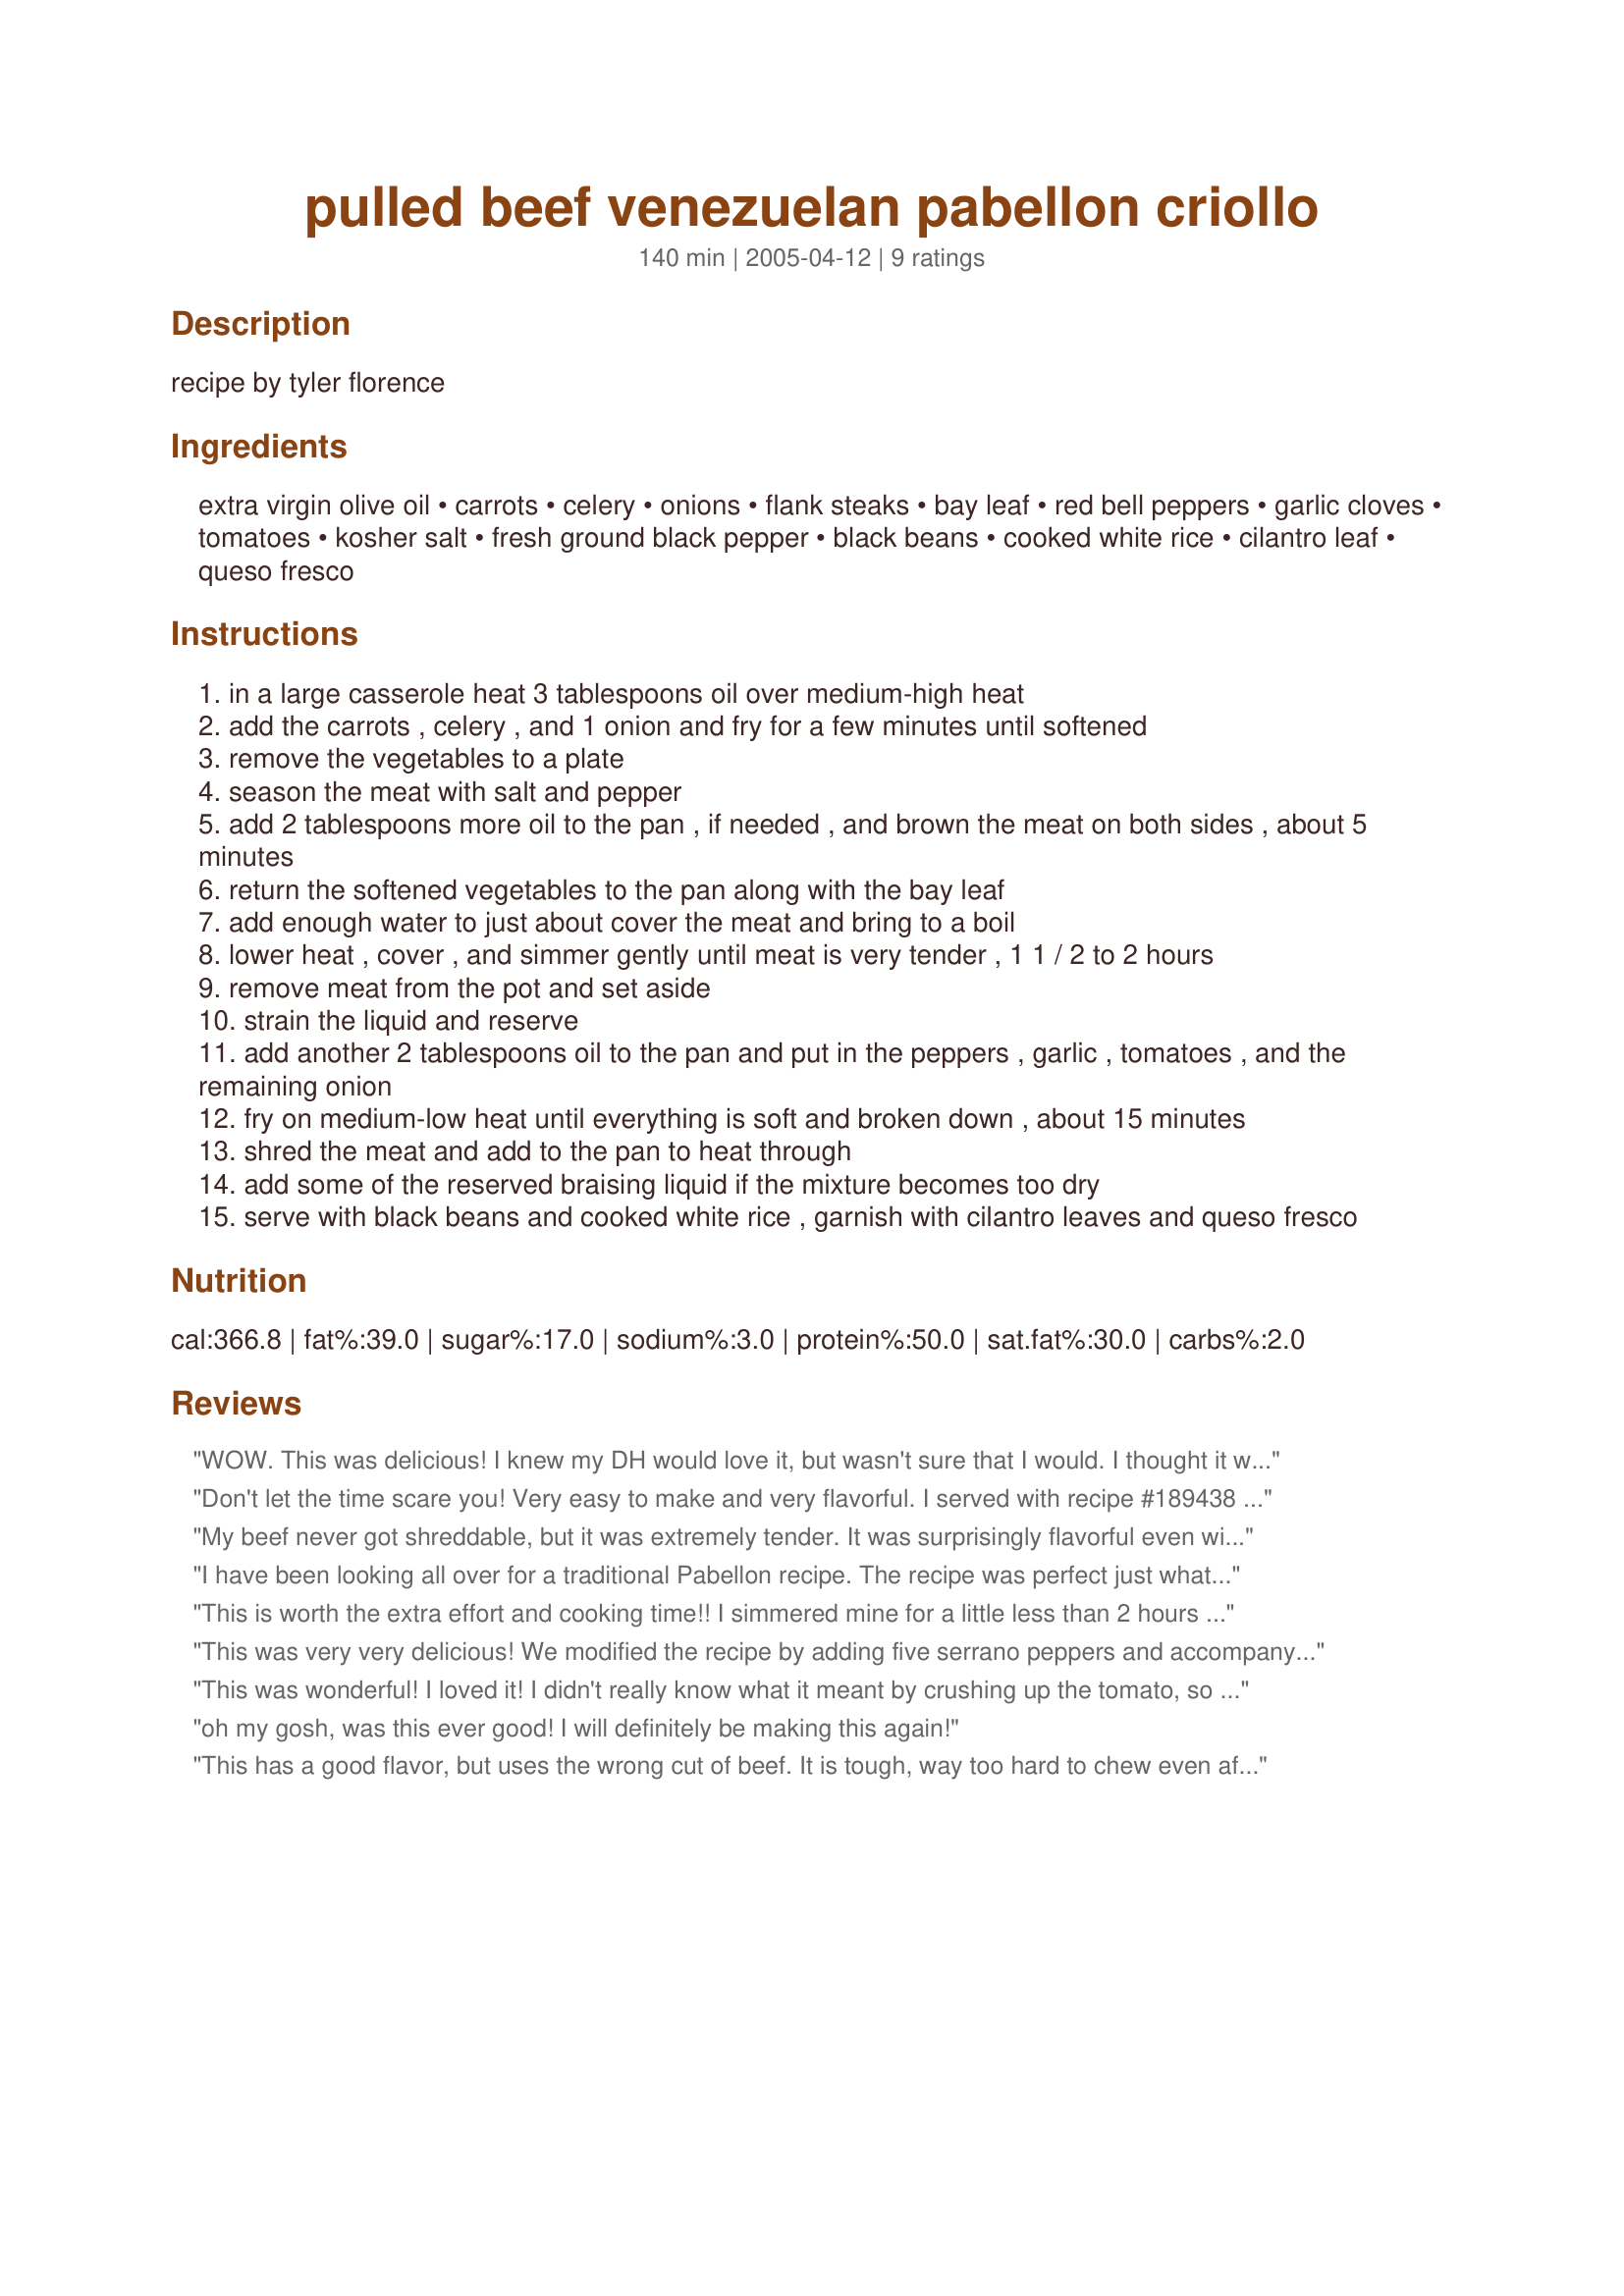
pulled beef venezuelan pabellon criollo
Preparation time: 140 minutes

recipe by tyler florence

Ingredients:
extra virgin olive oil, carrots, celery, onions, flank steaks, bay leaf, red bell peppers, garlic cloves, tomatoes, kosher salt, fresh ground black pepper, black beans, cooked white rice, cilantro leaf, queso fresco

Steps:
in a large casserole heat 3 tablespoons oil over medium-high heat
add the carrots , celery , and 1 onion and fry for a few minutes until softened
remove the vegetables to a plate
season the meat with salt and pepper
add 2 tablespoons more oil to the pan , if needed , and brown the meat on both sides , about 5 minutes
return the softened vegetables to the pan along with the bay leaf
add enough water to just about cover the meat and bring to a boil
lower heat , cover , and simmer gently until meat is very tender , 1 1 / 2 to 2 hours
remove meat from the pot and set aside
strain the liquid and reserve
add another 2 tablespoons oil to the pan and put in the peppers , garlic , tomatoes , and the remaining onion
fry on medium-low heat until everything is soft and broken down , about 15 minutes
shred the meat and add to the pan to heat through
add some of the reserved braising liquid if the mixture becomes too dry
serve with black beans and cooked white rice , garnish with cilantro leaves and queso fresco

Reviews:
WOW. This was delicious! I knew my DH would love it, but wasn't sure that I would. I thought it wouldn't have much flavor being there are very few spices. I used a can of vegetable broth and then about that much water for the braising liquid and braised for 2 hours. I put all the strained broth back in at the end and let it cook down uncovered. YUM! DH and I have cruising through the kitchen picking at it! We were going out for dinner tonight but have decided this rolled up in corn tortillas is going to be our dinner tonight instead! Another winner, Diva Paula!
Don't let the time scare you! Very easy to make and very flavorful. I served with recipe #189438 with flour tortillas, rice and beans and shredded cheese. Made for ZWT 4.
My beef never got shreddable, but it was extremely tender. It was surprisingly flavorful even with very few seasonings. There was plenty left for a second meal for the three of us. Thanks for posting!
I have been looking all over for a traditional Pabellon recipe. The recipe was perfect just what I was looking for.
This is worth the extra effort and cooking time!! I simmered mine for a little less than 2 hours and cut the red peppers into large chunks that can be easily removed (the DH doesn't care for them but they add so much flavor)! So tender and flavorful!!
This was very very delicious! We modified the recipe by adding five serrano peppers and accompanying seeds along with the meat in step 1... nice and spicy! We will certainly make this again (and again). Six of us managed to eat the whole thing along with some sides... but we were very full.
This was wonderful! I loved it! I didn't really know what it meant by crushing up the tomato, so I just chopped it up.
oh my gosh, was this ever good! I will definitely be making this again!
This has a good flavor, but uses the wrong cut of beef. It is tough, way too hard to chew even after cooked for two hours. I suggest a more fatty cut like chuck roast.
